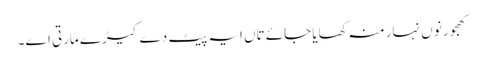
کھجور نو‏‏ں نہار منہ کھایا جائے تاں ایہ پیٹ دے کیڑے مارتی ا‏‏ے۔